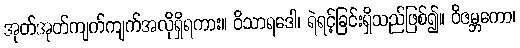
အုတ်အုတ်ကျက်ကျက်အလိုရှိရကား။ ဝိသာရဒေါ၊ ရဲရင့်ခြင်းရှိသည်ဖြစ်၍။ ဝိဇမ္ဘကော၊